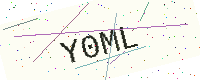
Text: Y0ML